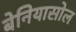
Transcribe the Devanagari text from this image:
बेनियासोल